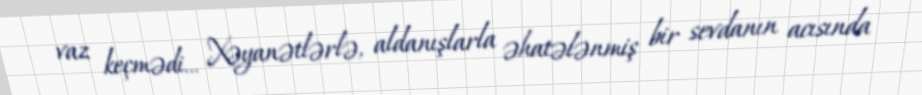
vaz keçmədi... Xəyanətlərlə, aldanışlarla əhatələnmiş bir sevdanın acısında